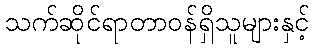
သက်ဆိုင်ရာတာဝန်ရှိသူများနှင့်